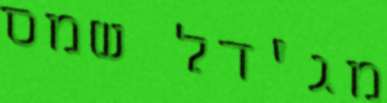
מג'דל שמס